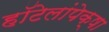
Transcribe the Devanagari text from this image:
हॉटेलांपेक्षा